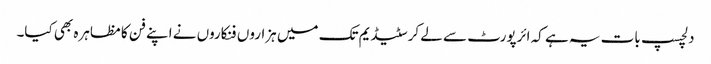
دلچسپ بات یہ ہے کہ ائرپورٹ سے لے کر سٹیڈیم تک میں ہزاروں فنکاروں نے اپنے فن کا مظاہرہ بھی کیا۔